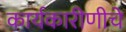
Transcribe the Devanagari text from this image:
कार्यकारीणीचे